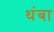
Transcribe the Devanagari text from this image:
थंबा